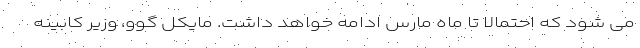
می شود که احتمالا تا ماه مارس ادامه خواهد داشت. مایکل گوو، وزیر کابینه